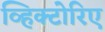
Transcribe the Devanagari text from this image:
व्हिक्टोरिए